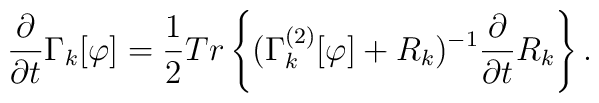
\frac{\partial}{\partial{t}}\Gamma_{k}[\varphi]=\frac{1}{2}{T}{r}\left\{(\Gamma_{k}^{(2)}[\varphi]+{R}_{k})^{-1}\frac{\partial}{\partial{t}}{R}_{k}\right\}.